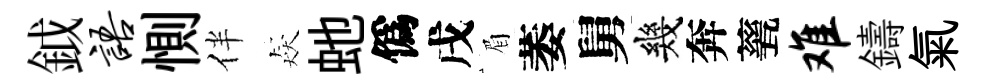
鉞语惻伴猋虵僞戌眉萎舅幾奔甆难鑄氣